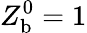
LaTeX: Z_{\mathrm{b}}^{\mathrm{0}}=1